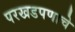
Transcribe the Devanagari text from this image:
परखडपणाचे